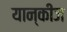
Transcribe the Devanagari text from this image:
यान्कीज